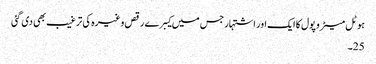
ہوٹل میٹرو پول کا ایک اور اشتہار جس میں کیبرے رقص وغیرہ کی ترغیب بھی دی گئی
25۔